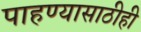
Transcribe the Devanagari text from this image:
पाहण्यासाठीही